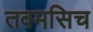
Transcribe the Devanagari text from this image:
तवमसिच